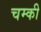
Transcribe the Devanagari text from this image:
चम्की